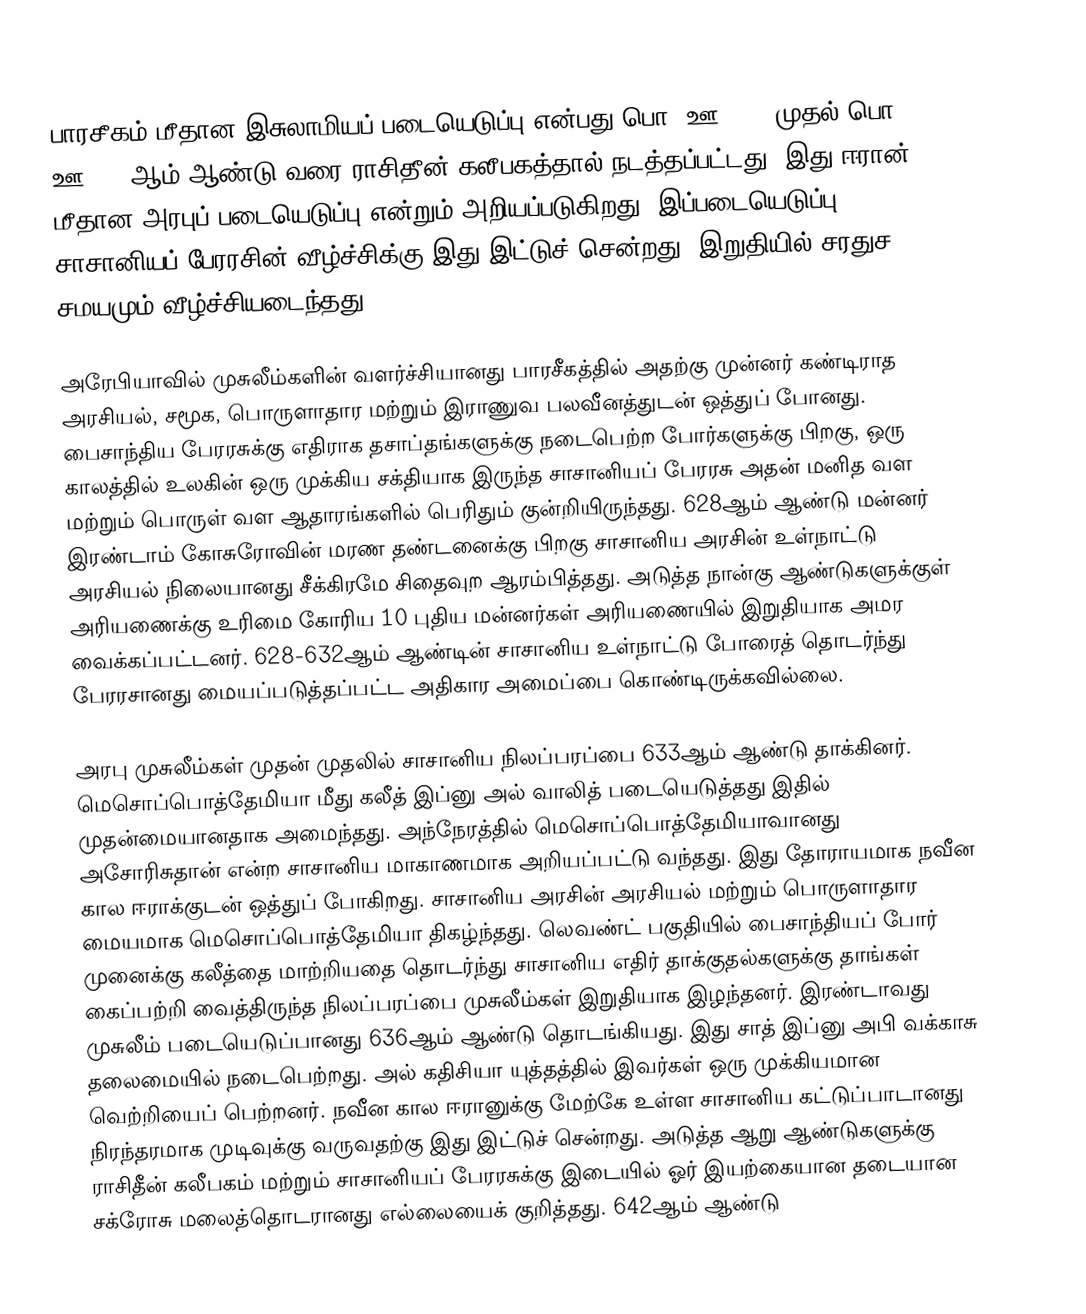
பாரசீகம் மீதான இசுலாமியப் படையெடுப்பு என்பது பொ. ஊ. 632 முதல் பொ. ஊ. 654ஆம் ஆண்டு வரை ராசிதீன் கலீபகத்தால் நடத்தப்பட்டது. இது ஈரான் மீதான அரபுப் படையெடுப்பு என்றும் அறியப்படுகிறது. இப்படையெடுப்பு சாசானியப் பேரரசின் வீழ்ச்சிக்கு இது இட்டுச் சென்றது. இறுதியில் சரதுச சமயமும் வீழ்ச்சியடைந்தது.

அரேபியாவில் முசுலீம்களின் வளர்ச்சியானது பாரசீகத்தில் அதற்கு முன்னர் கண்டிராத அரசியல், சமூக, பொருளாதார மற்றும் இராணுவ பலவீனத்துடன் ஒத்துப் போனது. பைசாந்திய பேரரசுக்கு எதிராக தசாப்தங்களுக்கு நடைபெற்ற போர்களுக்கு பிறகு, ஒரு காலத்தில் உலகின் ஒரு முக்கிய சக்தியாக இருந்த சாசானியப் பேரரசு அதன் மனித வள மற்றும் பொருள் வள ஆதாரங்களில் பெரிதும் குன்றியிருந்தது. 628ஆம் ஆண்டு மன்னர் இரண்டாம் கோசுரோவின் மரண தண்டனைக்கு பிறகு சாசானிய அரசின் உள்நாட்டு அரசியல் நிலையானது சீக்கிரமே சிதைவுற ஆரம்பித்தது. அடுத்த நான்கு ஆண்டுகளுக்குள் அரியணைக்கு உரிமை கோரிய 10 புதிய மன்னர்கள் அரியணையில் இறுதியாக அமர வைக்கப்பட்டனர். 628-632ஆம் ஆண்டின் சாசானிய உள்நாட்டு போரைத் தொடர்ந்து பேரரசானது மையப்படுத்தப்பட்ட அதிகார அமைப்பை கொண்டிருக்கவில்லை.

அரபு முசுலீம்கள் முதன் முதலில் சாசானிய நிலப்பரப்பை 633ஆம் ஆண்டு தாக்கினர். மெசொப்பொத்தேமியா மீது கலீத் இப்னு அல் வாலித் படையெடுத்தது இதில் முதன்மையானதாக அமைந்தது. அந்நேரத்தில் மெசொப்பொத்தேமியாவானது அசோரிசுதான் என்ற சாசானிய மாகாணமாக அறியப்பட்டு வந்தது. இது தோராயமாக நவீன கால ஈராக்குடன் ஒத்துப் போகிறது. சாசானிய அரசின் அரசியல் மற்றும் பொருளாதார மையமாக மெசொப்பொத்தேமியா திகழ்ந்தது. லெவண்ட் பகுதியில் பைசாந்தியப் போர் முனைக்கு கலீத்தை மாற்றியதை தொடர்ந்து சாசானிய எதிர் தாக்குதல்களுக்கு தாங்கள் கைப்பற்றி வைத்திருந்த நிலப்பரப்பை முசுலீம்கள் இறுதியாக இழந்தனர். இரண்டாவது முசுலீம் படையெடுப்பானது 636ஆம் ஆண்டு தொடங்கியது. இது சாத் இப்னு அபி வக்காசு தலைமையில் நடைபெற்றது. அல் கதிசியா யுத்தத்தில் இவர்கள் ஒரு முக்கியமான வெற்றியைப் பெற்றனர். நவீன கால ஈரானுக்கு மேற்கே உள்ள சாசானிய கட்டுப்பாடானது நிரந்தரமாக முடிவுக்கு வருவதற்கு இது இட்டுச் சென்றது. அடுத்த ஆறு ஆண்டுகளுக்கு ராசிதீன் கலீபகம் மற்றும் சாசானியப் பேரரசுக்கு இடையில் ஓர் இயற்கையான தடையான சக்ரோசு மலைத்தொடரானது எல்லையைக் குறித்தது. 642ஆம் ஆண்டு